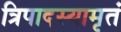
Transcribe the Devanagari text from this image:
त्रिपादस्यामृतं